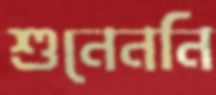
শুনেননি